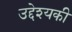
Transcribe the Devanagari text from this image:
उद्देश्यकी